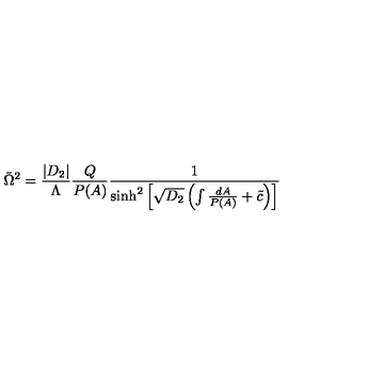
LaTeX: \bar { \Omega } ^ { 2 } = \frac { | D _ { 2 } | } { \Lambda } \frac { Q } { P ( A ) } \frac { 1 } { \sinh ^ { 2 } \left[ \sqrt { D _ { 2 } } \left( \int \frac { d A } { P ( A ) } + \tilde { c } \right) \right] }